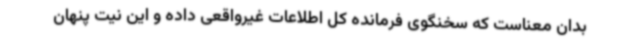
بدان معناست که سخنگوی فرمانده کل اطلاعات غیرواقعی داده و این نیت پنهان